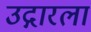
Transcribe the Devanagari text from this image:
उद्गारला